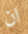
ان